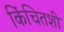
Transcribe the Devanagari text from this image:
किंचितशी